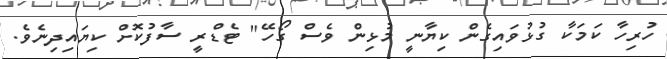
ހުރިހާ ކަމަކާ ގުޅުވައިގެން ކިޔާނީ މުޅިން ވެސް ގޯހޭ" ޓެޑްރީ ސާފުކޮށް ކިޔައިދިނެވެ.